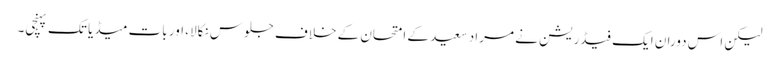
لیکن اس دوران ایک فیڈریشن نے مراد سعید کے امتحان کے خلاف جلوس نکالا، اور بات میڈیا تک پہنچی۔